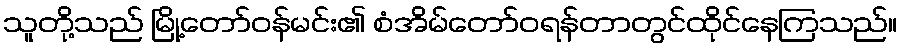
သူတို့သည် မြို့တော်ဝန်မင်း၏ စံအိမ်တော်ဝရန်တာတွင်ထိုင်နေကြသည်။